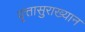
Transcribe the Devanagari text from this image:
वृत्तासुराख्यान